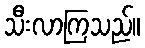
သီးလာကြသည်။